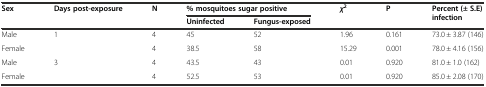
| <ROWSPAN=2> Sex | <ROWSPAN=2> Days post-exposure | <ROWSPAN=2> N | <COLSPAN=2> % mosquitoes sugar positive | <ROWSPAN=2> χ2 | <ROWSPAN=2> P | <ROWSPAN=2> Percent (± S.E) infection |
 | Uninfected | Fungus-exposed |
 | --- | --- | --- | --- | --- | --- | --- | --- |
 | Male | <ROWSPAN=2> 1 | 4 | 45 | 52 | 1.96 | 0.161 | 73.0 ± 3.87 (146) |
 | Female | 4 | 38.5 | 58 | 15.29 | 0.001 | 78.0 ± 4.16 (156) |
 | Male | <ROWSPAN=2> 3 | 4 | 43.5 | 43 | 0.01 | 0.920 | 81.0 ± 1.0 (162) |
 | Female | 4 | 52.5 | 53 | 0.01 | 0.920 | 85.0 ± 2.08 (170) |